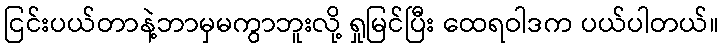
ငြင်းပယ်တာနဲ့ဘာမှမကွာဘူးလို့ ရှုမြင်ပြီး ထေရဝါဒက ပယ်ပါတယ်။